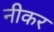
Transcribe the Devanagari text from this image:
नीकर